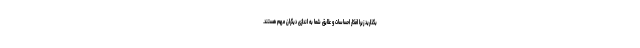
بگذارید زیرا افکار احساسات و علایق شما به اندازی دیگران مهم هستند.